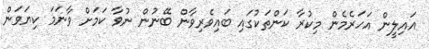
އައިލީން އަހަރެމެން މިކުރާ ކަންތަކުގައި ބައިވެރިވާން ބޭނުން ނުވާ ކަމަށް ވާނަމަ ކިޔަވަން